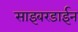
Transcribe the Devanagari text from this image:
साइबरडाईन